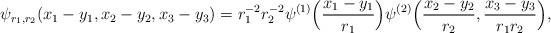
LaTeX: \begin{align*} \psi_{r_1,r_2}(x_1-y_1,x_2-y_2,x_3-y_3)=r_1^{-2}r_2^{-2}\psi^{(1)}\Big({x_1-y_1\over r_1}\Big)\psi^{(2)}\Big({x_2-y_2\over r_2}, {x_3-y_3\over r_1r_2}\Big),\end{align*}